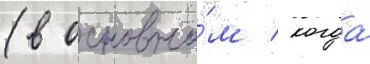
(в основно́м / когда́